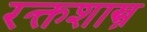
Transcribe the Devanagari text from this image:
रक्तशास्त्र